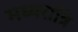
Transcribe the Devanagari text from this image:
मध्‍यरात्रि